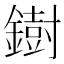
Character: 𫓄